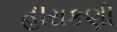
હીરાકણી